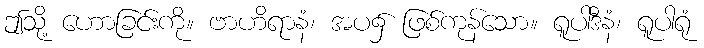
ဤသို့ ဟောခြင်းကို။ ဗာဟိရာနံ၊ အပ၌ ဖြစ်ကုန်သော။ ရူပါဒီနံ၊ ရူပါရုံ